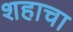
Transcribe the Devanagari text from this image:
शहाचा